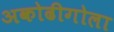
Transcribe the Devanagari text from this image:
अकोढीगोला